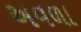
અવળા